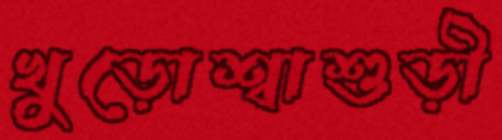
খুড়োশ্বাশুড়ী